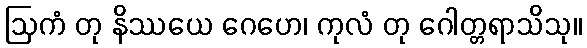
ဩကံ တု နိဿယေ ဂေဟေ၊ ကုလံ တု ဂေါတ္တရာသိသု။